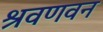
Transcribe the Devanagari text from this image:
श्रवणवन